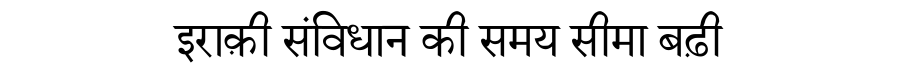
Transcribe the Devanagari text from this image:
इराक़ी संविधान की समय सीमा बढ़ी